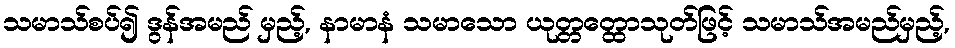
သမာသ်စပ်၍ ဒွန်အမည် မှည့်, နာမာနံ သမာသော ယုတ္တတ္ထောသုတ်ဖြင့် သမာသ်အမည်မှည့်,